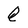
Character: Q